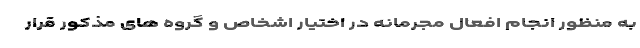
به منظور انجام افعال مجرمانه در اختیار اشخاص و گروه های مذکور قرار